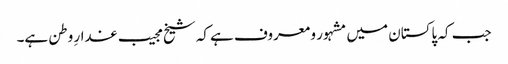
جب کہ پاکستان میں مشہور و معروف ہے کہ شیخ مجیب غدارِ وطن ہے۔